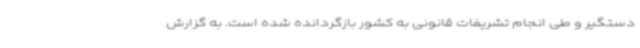
دستگیر و طی انجام تشریفات قانونی به کشور بازگردانده شده است. به گزارش